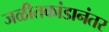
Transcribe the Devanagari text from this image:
जळीतकांडानंतर